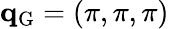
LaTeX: \mathbf{q}_{\mathrm{G}}=(\pi,\pi,\pi)